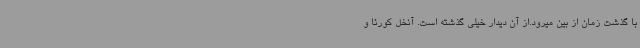
با گذشت زمان از بین میرود.از آن دیدار خیلی گذشته است. آنخل کورئا و